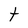
Character: t